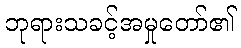
ဘုရားသခင့်အမှုတော်၏